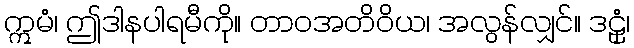
ဣမံ၊ ဤဒါနပါရမီကို။ တာဝအတိဝိယ၊ အလွန်လျှင်။ ဒဠှံ၊